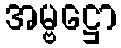
အမ္ဗဋ္ဌော